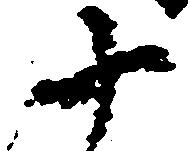
十